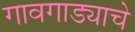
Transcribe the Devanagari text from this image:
गावगाड्याचे